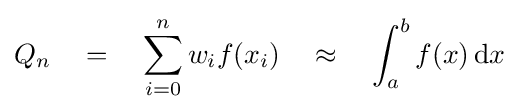
Q_{n}\quad =\quad \sum _{i=0}^{n}w_{i}f(x_{i})\quad \approx \quad \int _{a}^{b}f(x)\,\mathrm {d} x